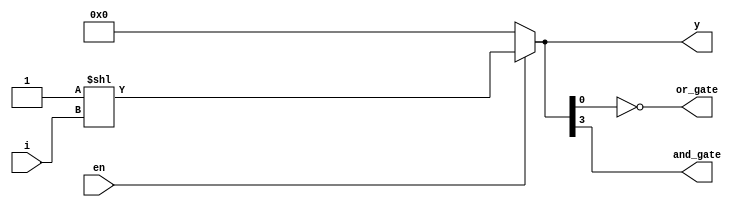
`timescale 1ns / 1ps
//////////////////////////////////////////////////////////////////////////////////
// Company: 
// Engineer: 
// 
// Design Name: 
// Module Name:    basic_gates_usingde 
// Project Name: 
// Target Devices: 
// Tool versions: 
// Description: 
//
// Dependencies: 
//
// Revision: 
// Revision 0.01 - File Created
// Additional Comments: 
//
//////////////////////////////////////////////////////////////////////////////////
module basic_gates_usingde(input[1:0]i,input en,output[3:0]y,output and_gate,output or_gate);

assign y=en?4'b0001<<i:0;
assign and_gate=y[3];
assign or_gate=~y[0];



   
	
endmodule